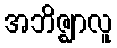
အဘိဇ္ဈာလူ